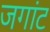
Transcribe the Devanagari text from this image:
जगांट